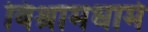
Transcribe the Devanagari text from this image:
विश्रामधामे